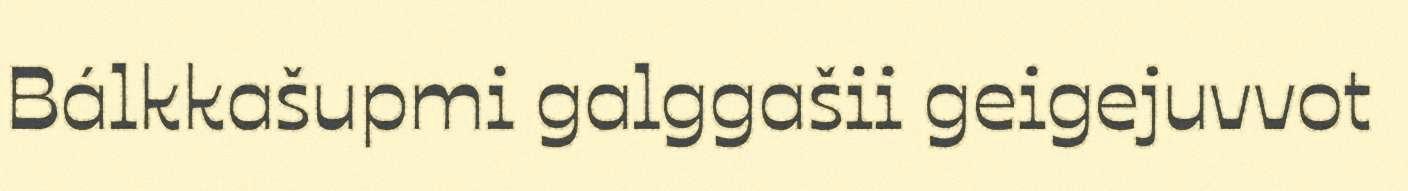
Bálkkašupmi galggašii geigejuvvot